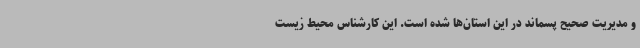
و مدیریت صحیح پسماند در این استان‌ها شده است. این کارشناس محیط زیست